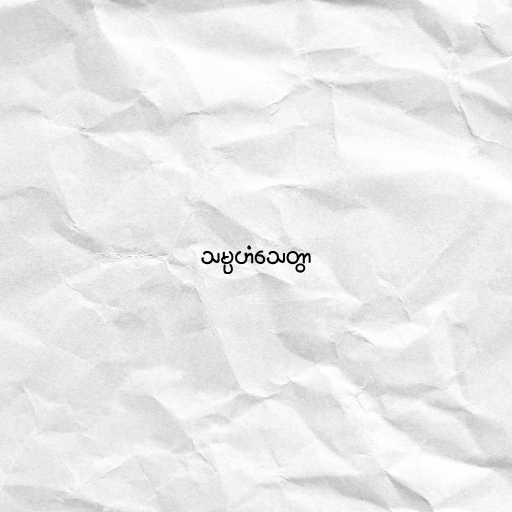
သမ္ပဟံသေတွာ